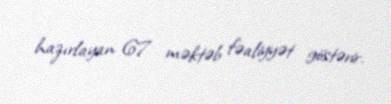
hazırlayan 67 məktəb fəaliyyət göstərir.